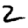
Digit: 2